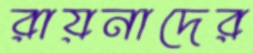
রায়নাদের